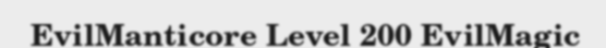
EvilManticore Level 200 EvilMagic